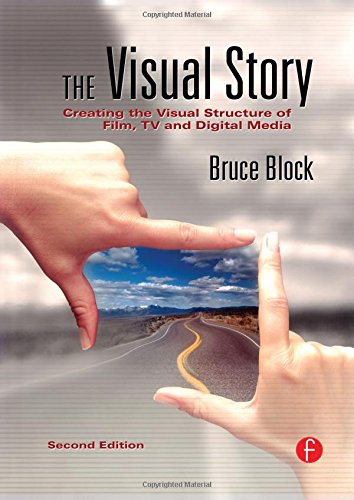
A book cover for The Visual Story: Creating the Visual Structure of Film, TV and Digital Media; Bruce Block; Humor & Entertainment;